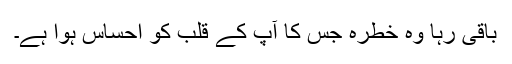
باقی رہا وہ خطرہ جس کا آپ کے قلب کو احساس ہوا ہے۔